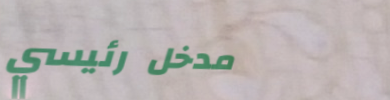
مدخل رئيسي